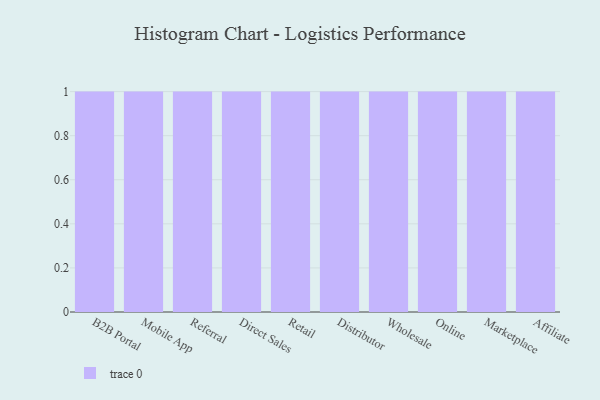
{"axis": {"x": "Channel", "y": "Operating Costs (USD K)"}, "legend": [""], "data": [{"x": "B2B Portal", "y": 86, "type": ""}, {"x": "Mobile App", "y": 28, "type": ""}, {"x": "Referral", "y": 53, "type": ""}, {"x": "Direct Sales", "y": 19, "type": ""}, {"x": "Retail", "y": 53, "type": ""}, {"x": "Distributor", "y": 72, "type": ""}, {"x": "Wholesale", "y": 19, "type": ""}, {"x": "Online", "y": 7, "type": ""}, {"x": "Marketplace", "y": 89, "type": ""}, {"x": "Affiliate", "y": 26, "type": ""}]}